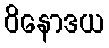
ဝိနောဒယ